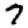
Digit: 7